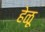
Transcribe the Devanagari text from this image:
हेळू